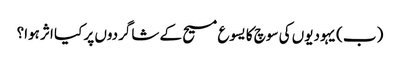
‏ (‏ب)‏ یہودیوں کی سوچ کا یسوع مسیح کے شاگردوں پر کیا اثر ہوا؟